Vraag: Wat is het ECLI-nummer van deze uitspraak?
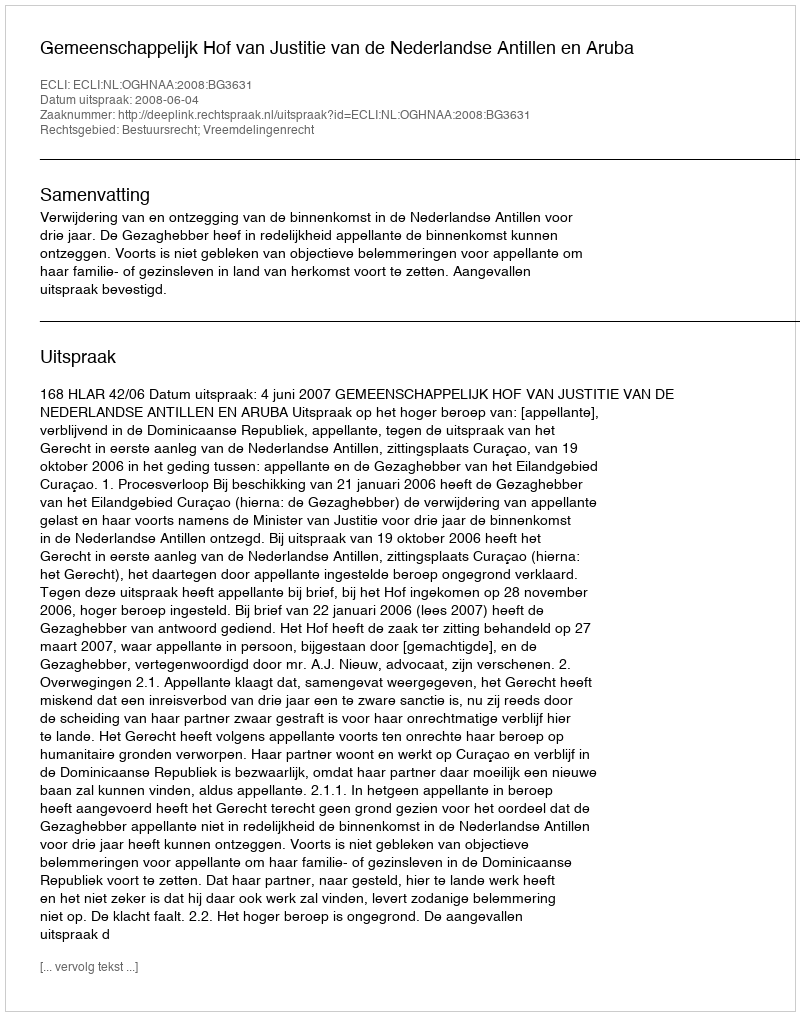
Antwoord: ECLI:NL:OGHNAA:2008:BG3631